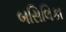
બસિલિકા